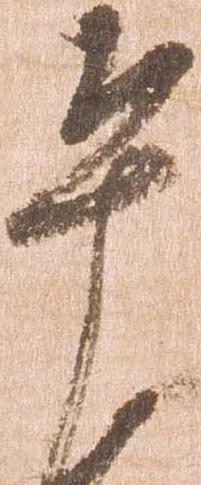
平